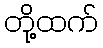
တို့ထက်